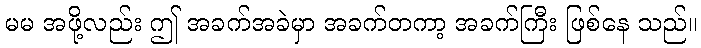
မမ အဖို့လည်း ဤ အခက်အခဲမှာ အခက်တကာ့ အခက်ကြီး ဖြစ်နေ သည်။